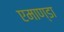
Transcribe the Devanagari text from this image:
एमाण्डा